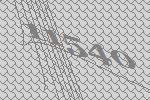
11540